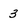
Character: 3